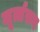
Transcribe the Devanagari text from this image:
मूर्त्तरूप